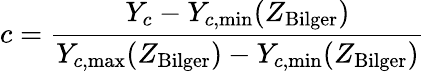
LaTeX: c=\frac{Y_{c}-Y_{c,\mathrm{min}}(Z_{\mathrm{Bilger}})}{Y_{c,\mathrm{max}}(Z_{\mathrm{Bilger}})-Y_{c,\mathrm{min}}(Z_{\mathrm{Bilger}})}